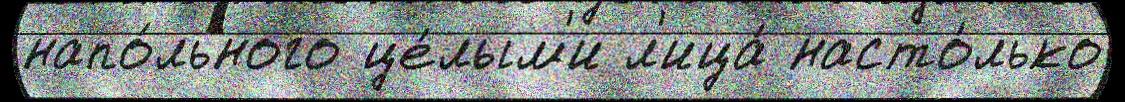
напо́льного це́лым'и л'ица́ насто́лько